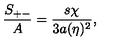
{ \frac { S _ { + - } } { A } } = { \frac { s \chi } { 3 a ( \eta ) ^ { 2 } } } ,